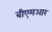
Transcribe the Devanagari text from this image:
बीएमआर